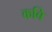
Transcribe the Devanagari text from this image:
कबि